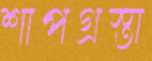
শাপগ্রস্তা